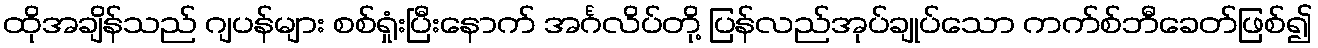
ထိုအချိန်သည် ဂျပန်များ စစ်ရှုံးပြီးနောက် အင်္ဂလိပ်တို့ ပြန်လည်အုပ်ချုပ်သော ကက်စ်ဘီခေတ်ဖြစ်၍